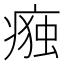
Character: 𭼛